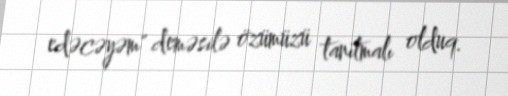
edəcəyəm" deməsilə özümüzü tanıtmalı olduq.